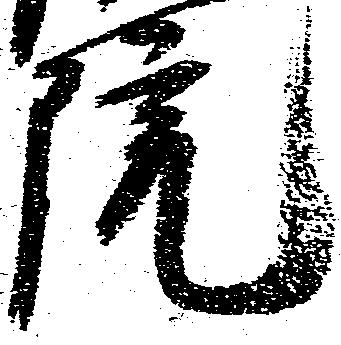
院